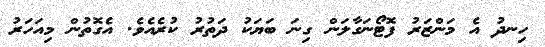
ހިނދު އެ މަންޒަރު ފޮޓޯނަގާލަން ގިނަ ބަޔަކު ދަތުރު ކުރެއެވެ. އެގޮތުން މިއަހަރު